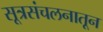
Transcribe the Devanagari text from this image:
सूत्रसंचलनातून